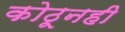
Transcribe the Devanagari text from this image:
कोठूनही